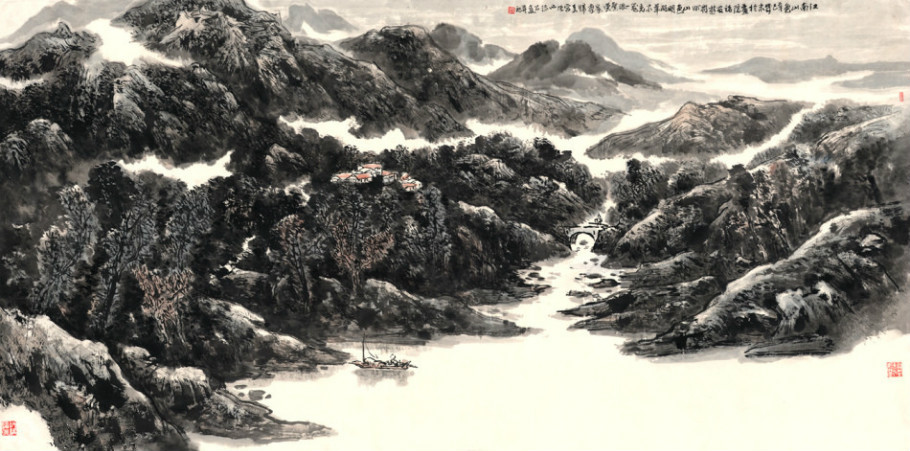
涕零雨面毁形颜，谁能怀忧独不叹。